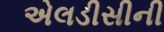
એલડીસીની